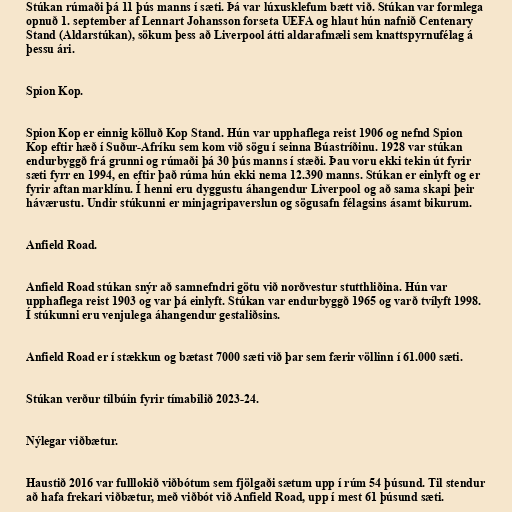
Stúkan rúmaði þá 11 þús manns í sæti. Þá var lúxusklefum bætt við. Stúkan var formlega
opnuð 1. september af Lennart Johansson forseta UEFA og hlaut hún nafnið Centenary
Stand (Aldarstúkan), sökum þess að Liverpool átti aldarafmæli sem knattspyrnufélag á
þessu ári.

Spion Kop.

Spion Kop er einnig kölluð Kop Stand. Hún var upphaflega reist 1906 og nefnd Spion
Kop eftir hæð í Suður-Afríku sem kom við sögu í seinna Búastríðinu. 1928 var stúkan
endurbyggð frá grunni og rúmaði þá 30 þús manns í stæði. Þau voru ekki tekin út fyrir
sæti fyrr en 1994, en eftir það rúma hún ekki nema 12.390 manns. Stúkan er einlyft og er
fyrir aftan marklínu. Í henni eru dyggustu áhangendur Liverpool og að sama skapi þeir
háværustu. Undir stúkunni er minjagripaverslun og sögusafn félagsins ásamt bikurum.

Anfield Road.

Anfield Road stúkan snýr að samnefndri götu við norðvestur stutthliðina. Hún var
upphaflega reist 1903 og var þá einlyft. Stúkan var endurbyggð 1965 og varð tvílyft 1998.
Í stúkunni eru venjulega áhangendur gestaliðsins.

Anfield Road er í stækkun og bætast 7000 sæti við þar sem færir völlinn í 61.000 sæti.

Stúkan verður tilbúin fyrir tímabilið 2023-24.

Nýlegar viðbætur.

Haustið 2016 var fulllokið viðbótum sem fjölgaði sætum upp í rúm 54 þúsund. Til stendur
að hafa frekari viðbætur, með viðbót við Anfield Road, upp í mest 61 þúsund sæti.